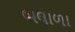
બલાળા